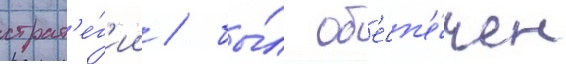
страт'е́г'ии / бы́л об'есп'е́чен